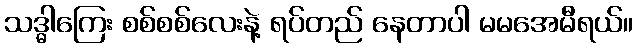
သဒ္ဓါကြေး စစ်စစ်လေးနဲ့ ရပ်တည် နေတာပါ မမအေမီရယ်။